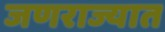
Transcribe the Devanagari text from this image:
जणराज्यात